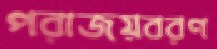
পরাজয়বরণ